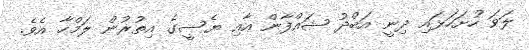
ލަވަ ހުށަހަޅައި ދިނީ އަބްދު ޝައްފާން އާއި ޔެސީގެ އިތުރުން ލަމްހާ އެވެ.